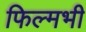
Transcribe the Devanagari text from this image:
फिल्मभी